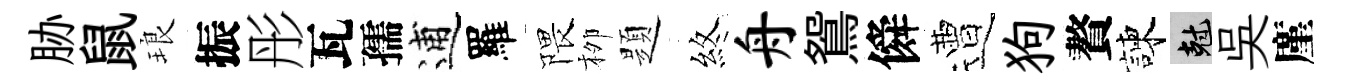
胁鼠琅振彤瓦孺逋羅隈栁題煞舟鴛僢遭狗贅諫剋吳廑